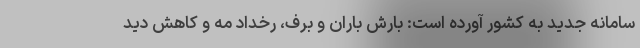
سامانه جدید به کشور آورده است: بارش باران و برف، رخداد مه و کاهش دید